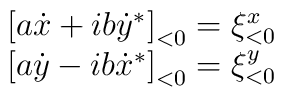
\begin{array}{c}{[}a\dot{x}+ib\dot{y}^*{]}_{<0}=\xi^x_{<0}\\{[}a\dot{y}-ib\dot{x}^*{]}_{<0}=\xi^y_{<0}\end{array}